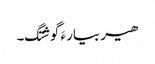
ھیر بیار ءَ گوشتگ۔